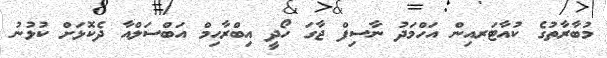
މުބާރާތުގެ ކުއާޓަރއިން އަހްމަދު ނާސިފް ޖާގަ ހޯދީ އިބްރާހިމް އަބްސަލްއާ ދެކޮޅަށް ކުޅުނު